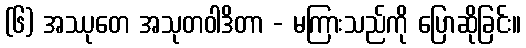
(၆) အဿုတေ အသုတဝါဒိတာ - မကြားသည်ကို ပြောဆိုခြင်း။